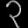
Digit: ၃